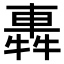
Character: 𨌽